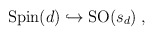
\begin{align*}{\rm Spin}(d)\hookrightarrow{\rm SO}(s_d)\;,\end{align*}